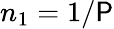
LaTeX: n_{1}=1/\mathsf{P}